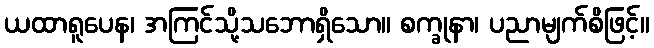
ယထာရူပေန၊ အကြင်သို့သဘောရှိသော။ စက္ခုနာ၊ ပညာမျက်စိဖြင့်။